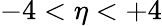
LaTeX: -4<\eta<+4